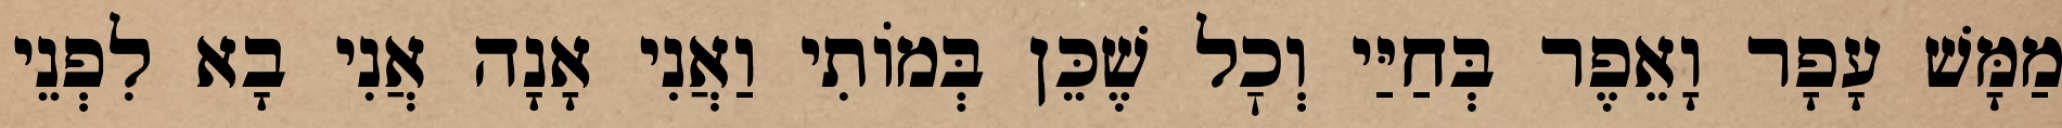
מַמָּשׁ עָפָר וָאֵפֶר בְּחַיַּי וְכׇל שֶׁכֵּן בְּמוֹתִי וַאֲנִי אָנָה אֲנִי בָא לִפְנֵי